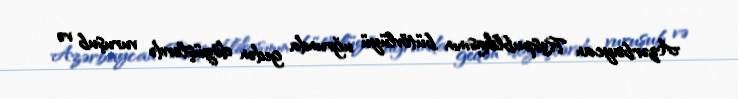
Azərbaycan Respublikasının bütövlüyü uğrunda gedən döyüşlərdə vuruşub və